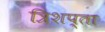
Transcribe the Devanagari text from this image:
त्रिशप्ता